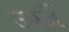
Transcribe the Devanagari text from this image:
उस्मैं